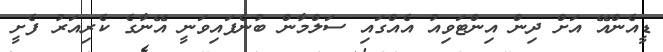
ޑީއެންއޭ އަށް ދިން އިންޓަވިއު އެއްގައި ސަލްމާން ބުނެފައިވަނީ އޭނާގެ ކެރިއަރު ފެށީ